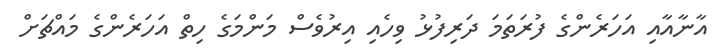
އާނާއާއި އަހަރެންގެ ފުރަތަމަ ދަރިފުޅު ވިހެއި އިރުވެސް މަންމަގެ ހިތް އަހަރެންގެ މައްޗަށް